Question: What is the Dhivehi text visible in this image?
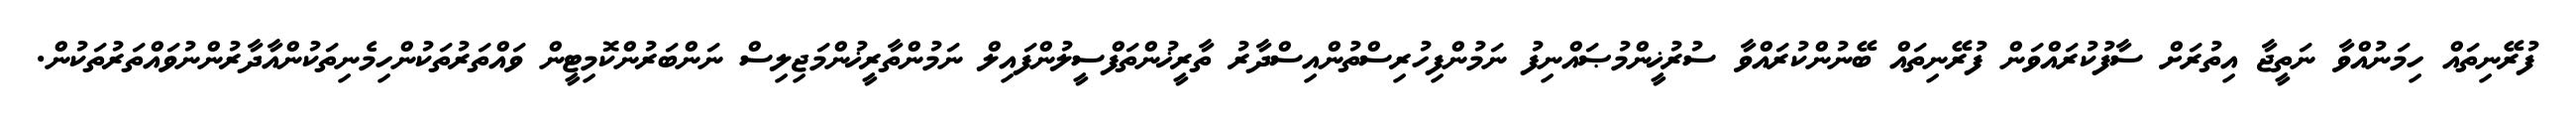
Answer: ފުރޭނިތައް ހިމަނުއްވާ ނަތީޖާ އިތުރަށް ސާފުކުރައްވަން ފުރޭނިތައް ބޭނުންކުރައްވާ ސުރުޚީންމުޞައްނިފު ނަމުންފިހުރިސްތުންއިސްދާރު ތާރީޚުންތަފްސީލުންފައިލް ނަމުންތާރީޚުންމަޖިލިސް ނަންބަރުންކޮމިޓީން ވައްތަރުތަކުންހިމެނިތަކުންއާދާރުންނުވައްތަރުތަކުން.